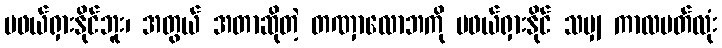
မဖယ်ရှားနိုင်ဘူး၊ အတွယ် အတာဆိုတဲ့ တဏှာလောဘကို မဖယ်ရှားနိုင် သမျှ ကာလပတ်လုံး